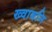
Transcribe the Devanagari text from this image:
ख्वाबनि